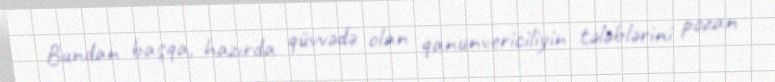
Bundan başqa, hazırda qüvvədə olan qanunvericiliyin tələblərini pozan